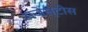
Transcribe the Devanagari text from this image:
मजेस्टीस